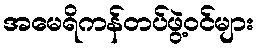
အမေရိကန်တပ်ဖွဲ့ဝင်များ